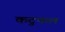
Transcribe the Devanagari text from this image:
कटुफल